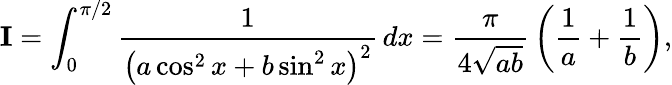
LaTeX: {\textbf{I}}=\int_{0}^{\pi/2}{\frac{1}{\left(a\cos^{2}x+b\sin^{2}x\right)^{2}}}\, dx={\frac{\pi}{4{\sqrt{ab}}}}\left({\frac{1}{a}}+{\frac{1}{b}}\right),